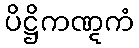
ပိဋ္ဌိကဏ္ဋကံ